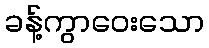
ခန့်ကွာဝေးသော